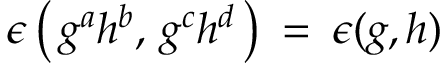
\epsilon \left( \, g ^ { a } h ^ { b } , \, g ^ { c } h ^ { d } \, \right) \: = \: \epsilon ( g , h )